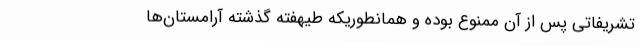
تشریفاتی پس از آن ممنوع بوده و همانطوریکه طیهفته گذشته آرامستان‌ها